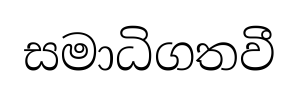
සමාධිගතවී